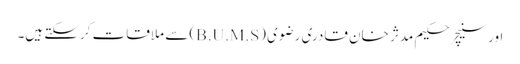
اورسنیچر حکیم مدثر خان قادری رضوی (B.U.M.S) سے ملاقات کرسکتے ہیں۔